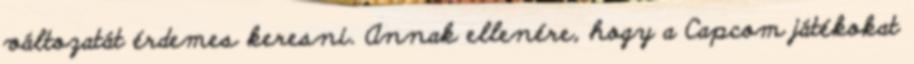
változatát érdemes keresni. Annak ellenére, hogy a Capcom játékokat